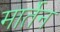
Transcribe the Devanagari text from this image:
मार्तेन